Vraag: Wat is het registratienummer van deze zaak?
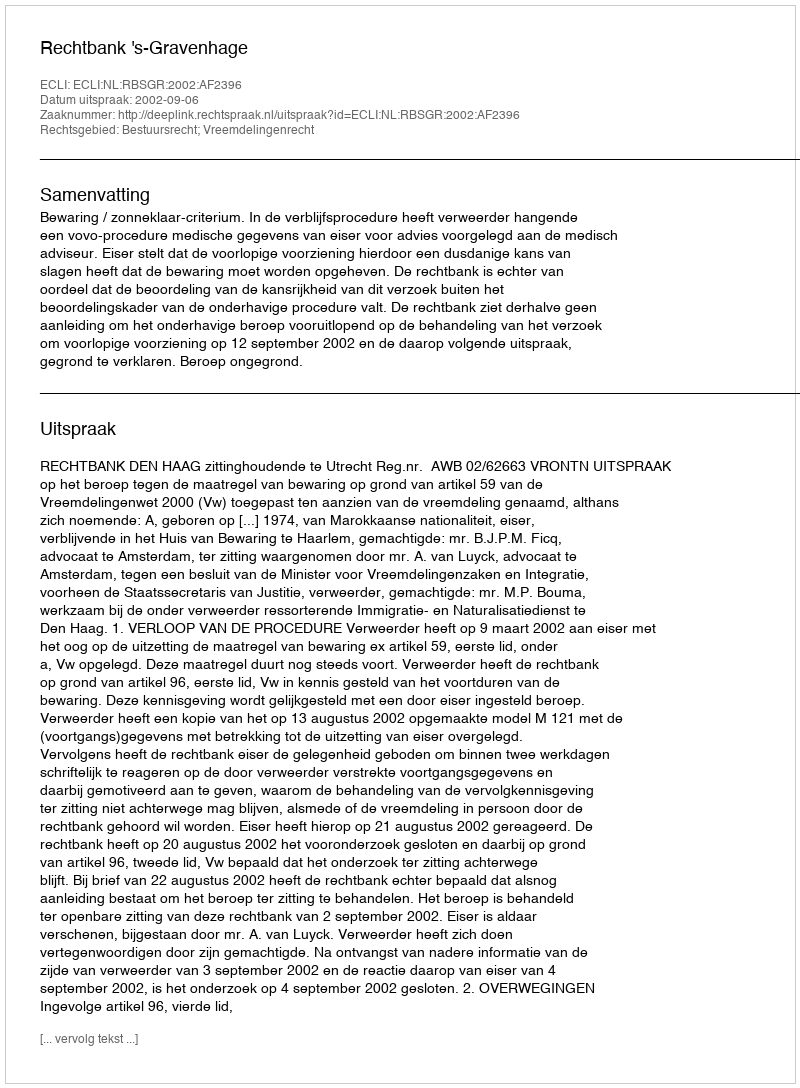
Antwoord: http://deeplink.rechtspraak.nl/uitspraak?id=ECLI:NL:RBSGR:2002:AF2396